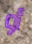
أو